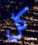
كل